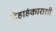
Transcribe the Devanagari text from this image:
देहाहंकाराशी